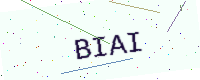
Text: BIAI